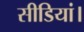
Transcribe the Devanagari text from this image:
सीडियां।